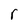
Character: r